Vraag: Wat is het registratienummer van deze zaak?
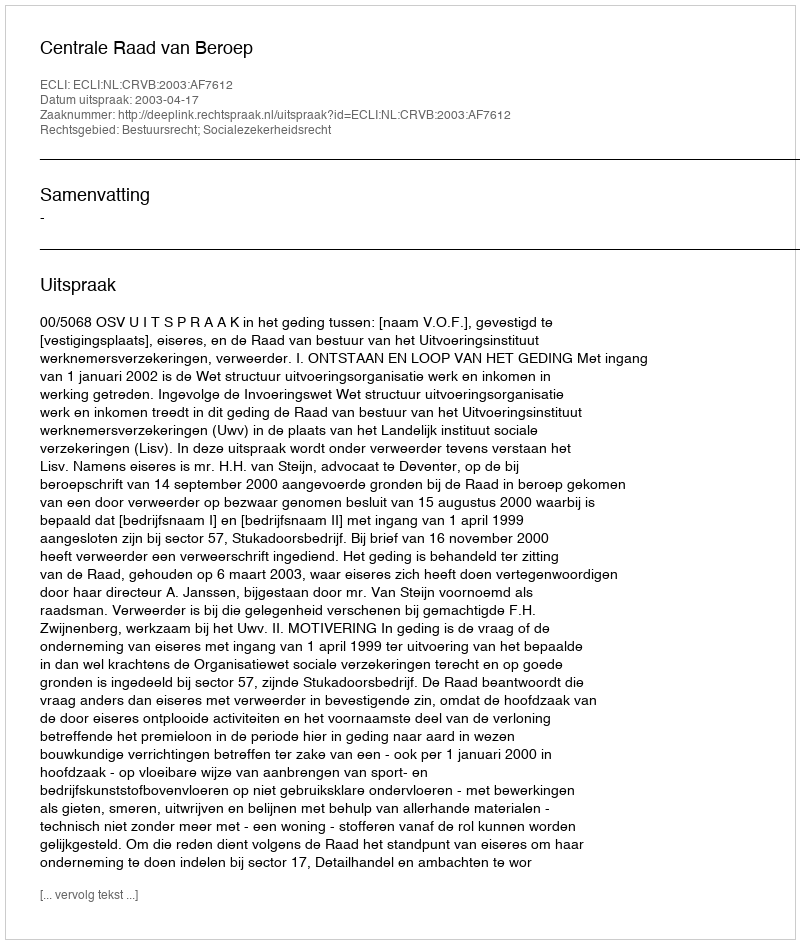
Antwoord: http://deeplink.rechtspraak.nl/uitspraak?id=ECLI:NL:CRVB:2003:AF7612